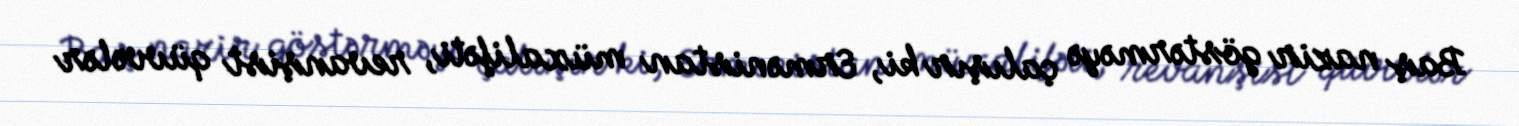
Baş nazir göstərməyə çalışır ki, Ermənistan müxalifəti, revanşist qüvvələr